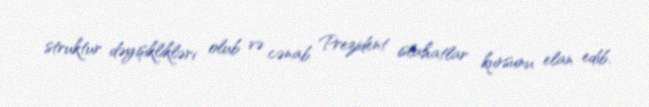
struktur dəyişiklikləri olub və cənab Prezident islahatlar kursunu elan edib.